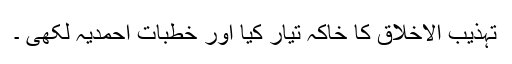
تہذیب الاخلاق کا خاکہ تیار کیا اور خطبات احمدیہ لکھی ۔